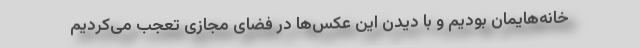
خانه‌هایمان بودیم و با دیدن این عکس‌ها در فضای مجازی تعجب می‌کردیم